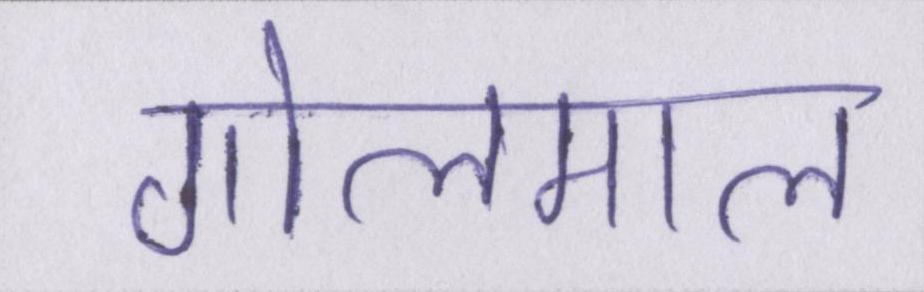
गोलमाल